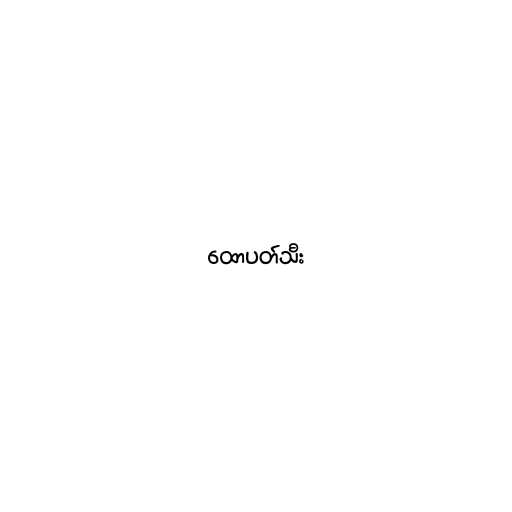
ထောပတ်သီး